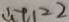
\therefore t _ { 1 } = 2